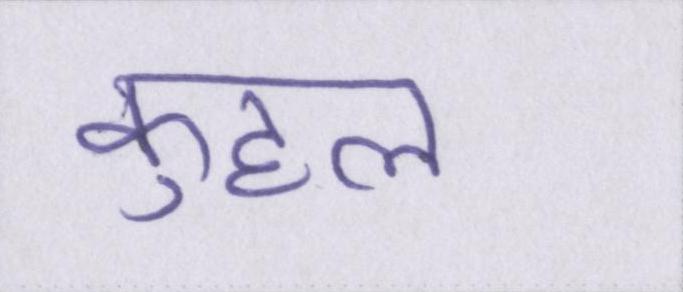
कुहल